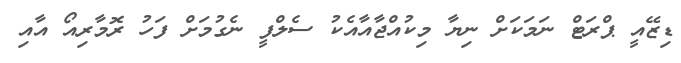
ޑިޒޭއީ ޕްރަޓް ނަމަކަށް ނިޔާ މިކުއްޖާއާއެކު ސެލްފީ ނެގުމަށް ފަހު ރޮމާރިއޯ އާއި